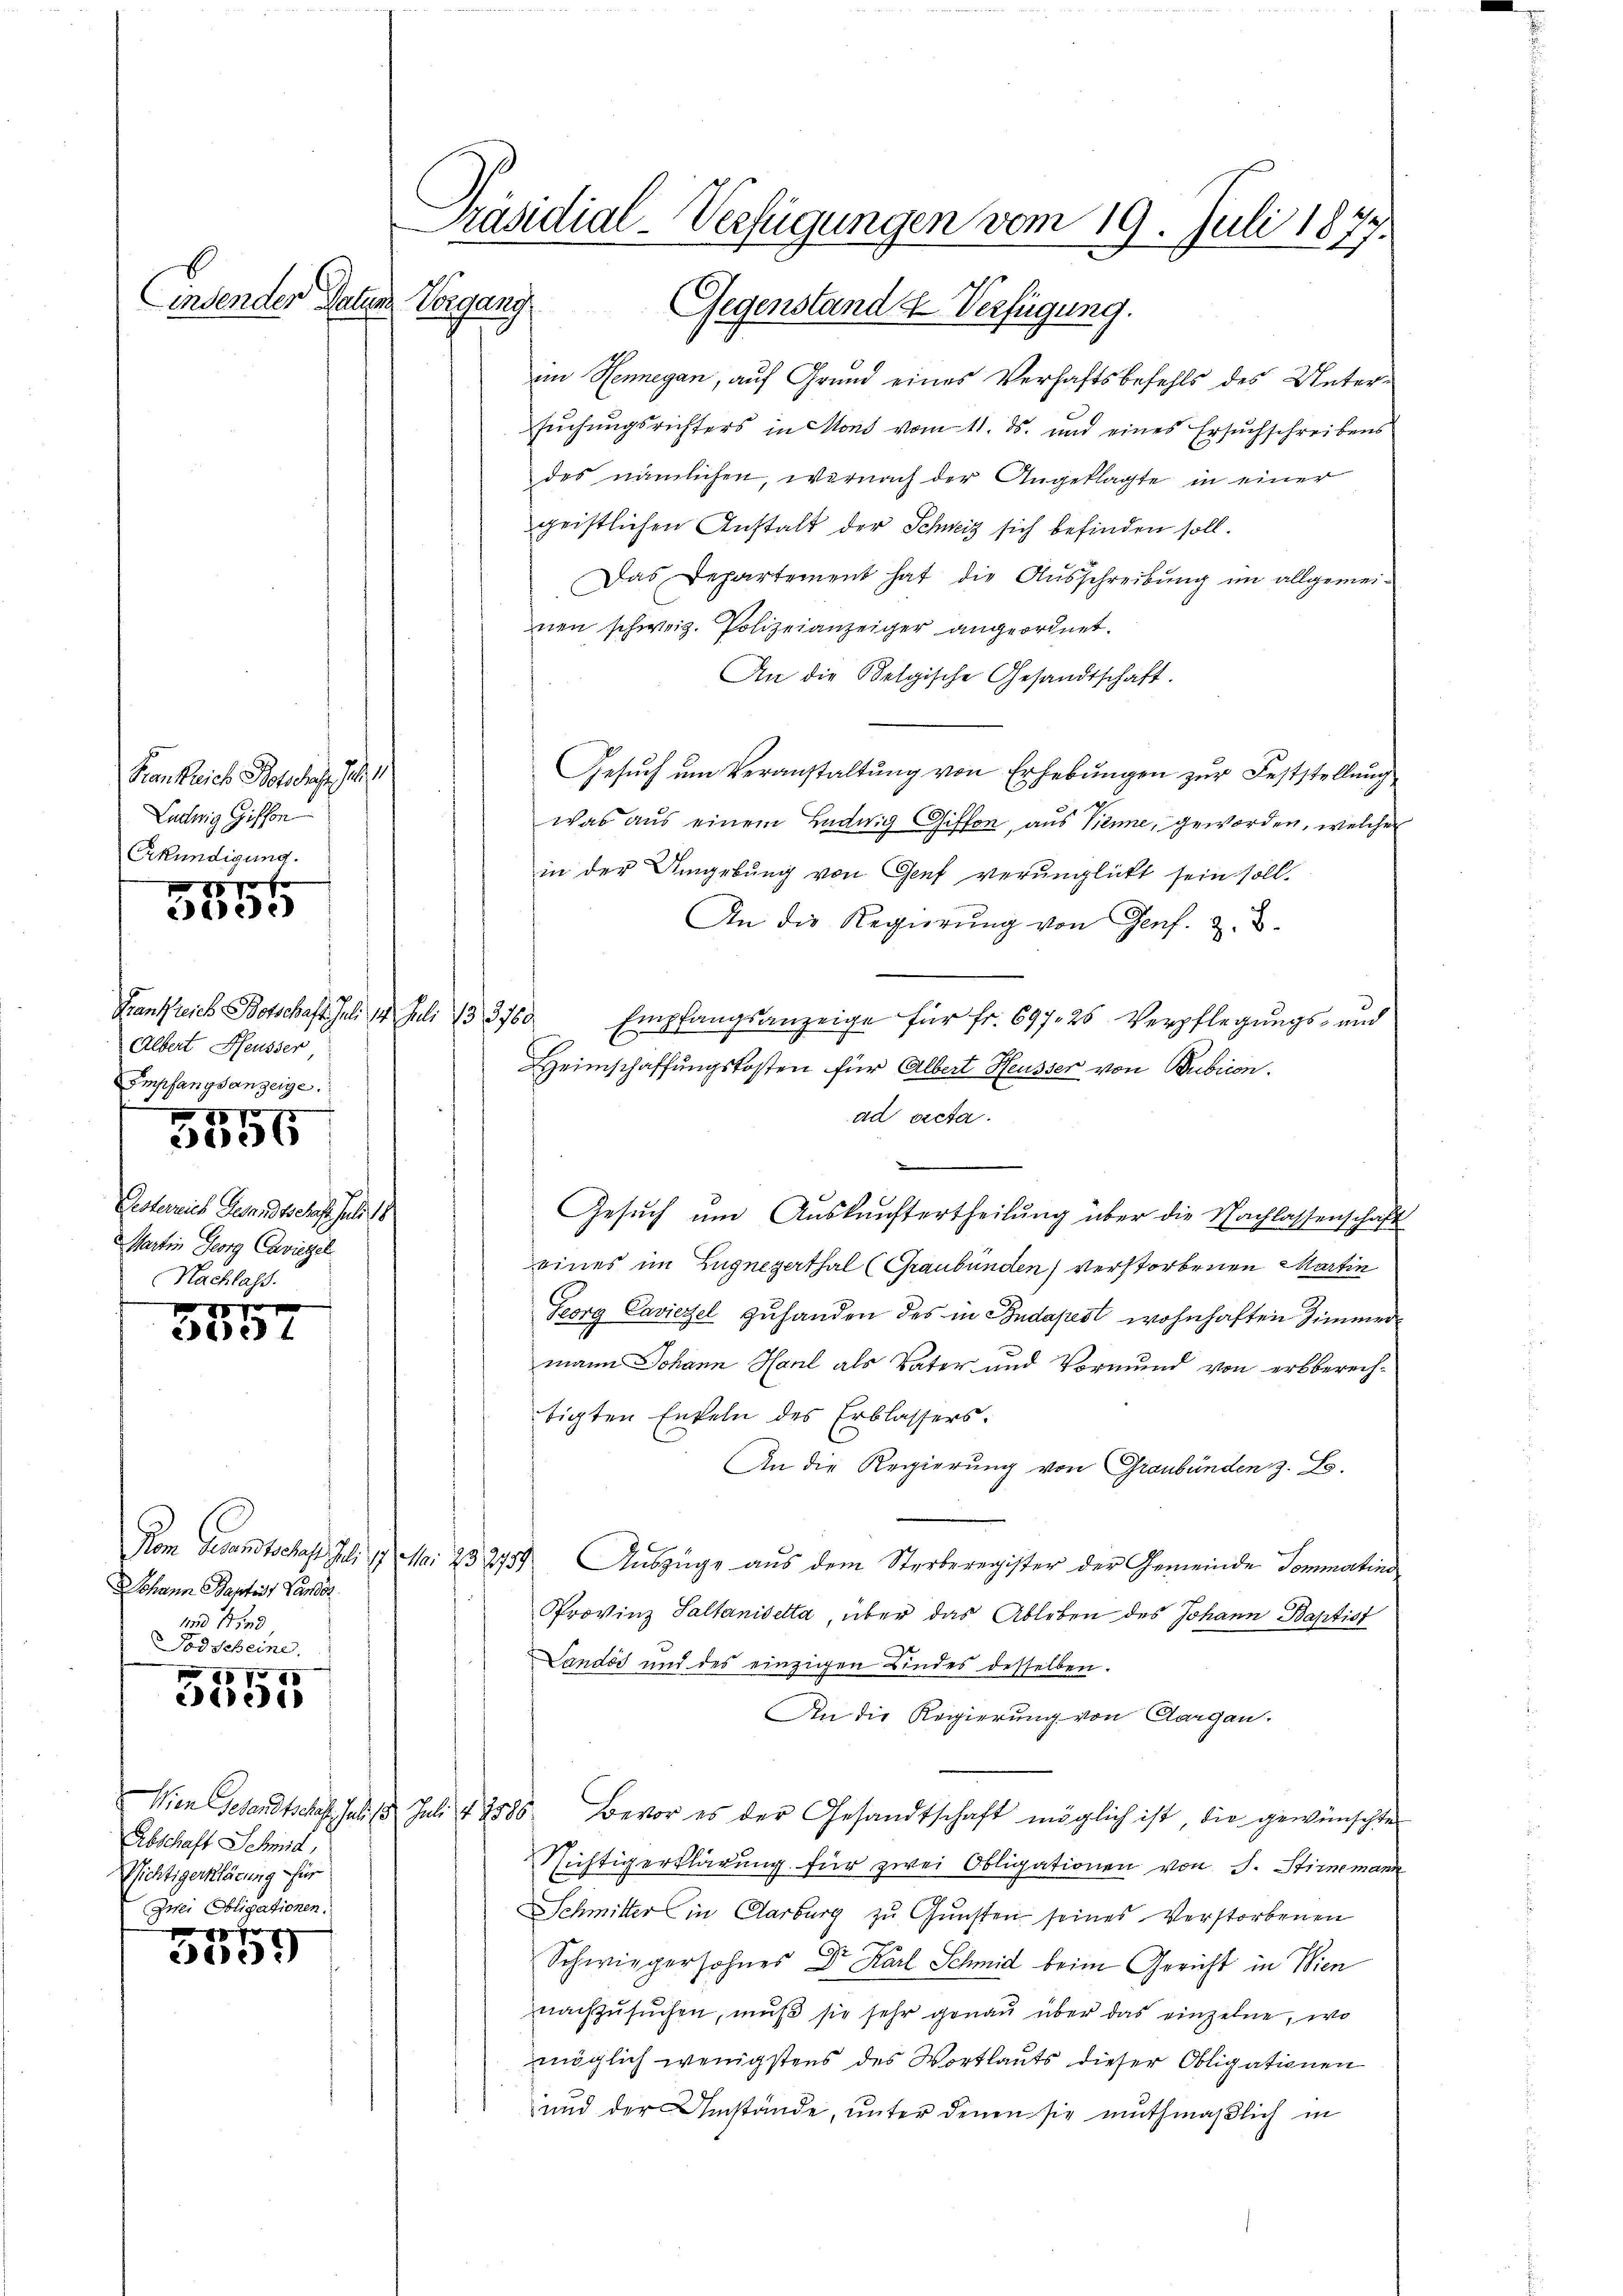
Linsender Paten.

Frankreich Botsches Jah
Ludwig Gisson
Erkündigung.

88 g
e

Hanfreies Botschaft. Juli 17. Juli 195760
Albert Heusser,
Empfangsanzeige.
 970

36

Gesterrich Gesandtschaft sei
Martin Georg Caviezel
Nachlass.

dedit

Johann Baptist Pander
und Kind
Todscheine

788
ete

Abschaft Schmid
Richtigerklärung für
Zwei Obligationen.
.
8 x

2e)

Vorgang. Gegenstand & Verfügung.
im Hennegan, auf Grund eines Verhaftsbefehls des Untersuchungsrichters in Mond vom 11. ds. und eines Ersuchschreibens
des nämlichen, wornach der Angeklagte in einer
geistlichen Anstalt der Schweiz sich befinden soll.
Das Departement hat die Ausschreibung im allgemeinen schweiz. Polizeianzeiger angeordnet.
An die Belgische Gesandtschaft.
Gesuch um Veranstaltung von Erhebungen zur Feststellung
g
was aus einem Ludwig Giffon, aus Sienne, geworden, welcher
in der Umgebung von Genf verunglückt sein soll.
An die Regierung von Genf. z. B.
Empfangsanzeige für Fr. 697. 26. Verpflegungs- und
Heimschaffungskosten für Albert Heusser von Bubrien.
ad acta.
.
Gesuch um Auskunftertheilung über die Nachlassenschaft
eines im Zugnezerthal (Graubünden) verstorbenen Martin
Georg Caviezel zuhanden des in Budapest wohnhaften Zimmermann Johann Hanl als Vater und Vormund von erbberechtigten Enteln des Erblassers.
An die Regierung von Graubünden z. B.
Kom Gesandtschaft Juli 19. Mai 232734. Auszüge aus dem Sterberegister der Gemeinde Sommartine
Provinz Saltanisetta, über das Ableben des Johann Baptist
Landos und des einzigen Kindes desselben.
An die Regierung von Aargau.
Wien Gesandtschaft Juli 13 Juli 1885 Bevor es der Gesandtschaft möglich ist, die gewünschte
Nichtigerklärung für zwei Obligationen von J. Stimemann
Schmitter in Aarburg zu Gunsten seines Verstorbenen
Schwiegersohnes Dr. Karl Schmid beim Gericht in Wien
nachzusuchen, muß sie sehr genau über das einzelne, wo
möglich wenigstens des Wortlauts dieser Obligationen
und der Umstände, unter denen sie muthmaßlich in

Präsidial-Verfügungen vom 19. Juli 1877.